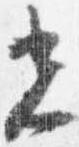
光